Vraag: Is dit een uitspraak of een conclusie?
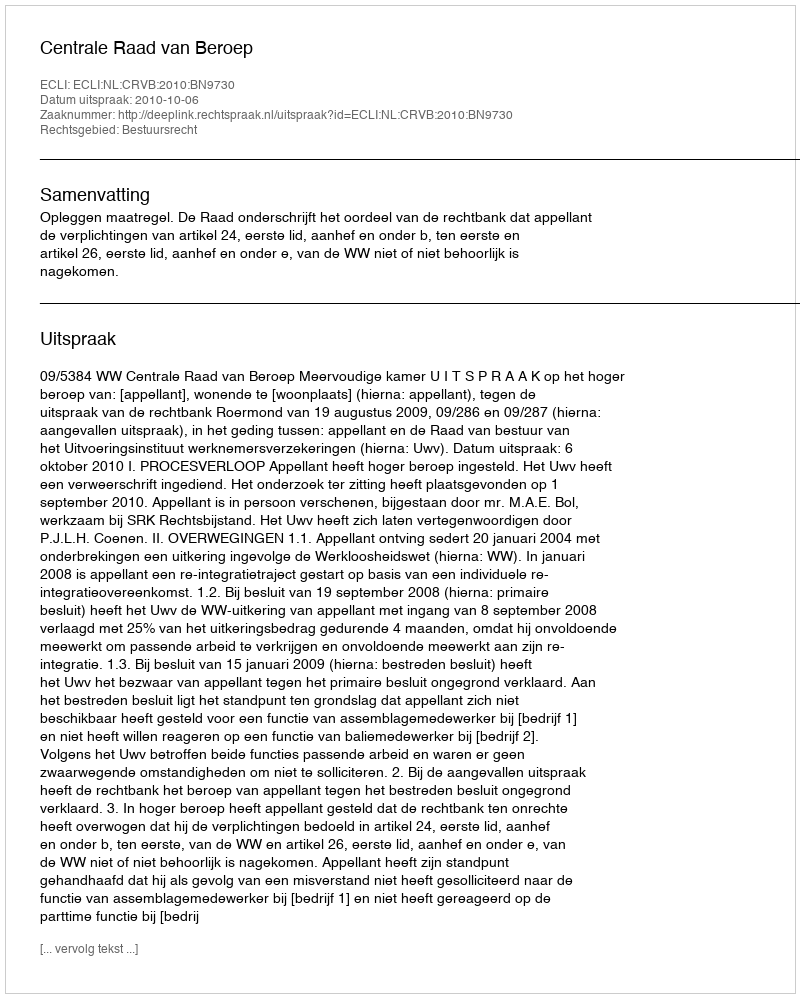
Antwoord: Uitspraak